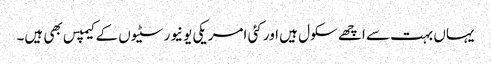
یہاں بہت سے اچھے سکول ہیں اور کئی امریکی یونیورسٹیوں کے کیمپس بھی ہیں۔